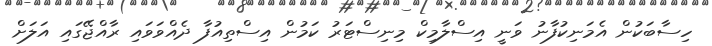
ހިސާބަކުން އެމަނިކުފާނު ވަނީ އިސްލާމިކް މިނިސްޓަރު ކަމުން އިސްތިއުފާ ދެއްވަވައި ރާއްޖޭގައި އަލަށް